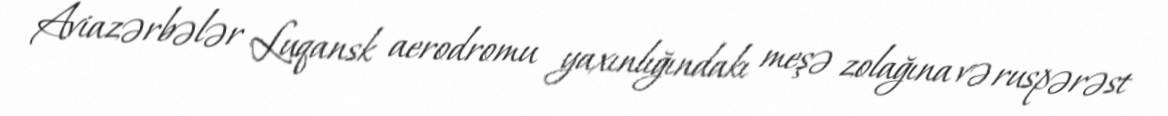
Aviazərbələr Luqansk aerodromu yaxınlığındakı meşə zolağına və ruspərəst